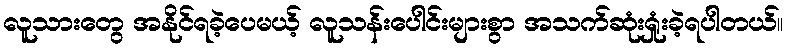
လူသားတွေ အနိုင်ရခဲ့ပေမယ့် လူသန်းပေါင်းများစွာ အသက်ဆုံးရှုံးခဲ့ရပါတယ်။